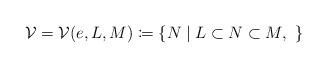
LaTeX: \begin{align*}\mathcal V = \mathcal V(e, L, M) \coloneqq \{N\mid L\subset N \subset M,\ \}\end{align*}